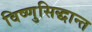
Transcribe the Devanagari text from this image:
विष्णुसिद्धान्त